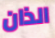
الذان